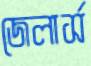
জেলার্স